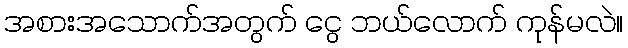
အစားအသောက်အတွက် ငွေ ဘယ်လောက် ကုန်မလဲ။